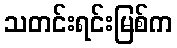
သတင်းရင်းမြစ်က